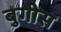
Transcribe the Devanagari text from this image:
बुगीस